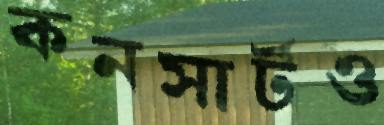
কনসার্টও